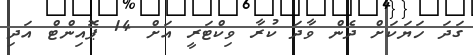
ގަދަ ހަޔަކަށް ދެން ވާދަ ކުރާ ވިކްޓަރީ އަށް 14 ޕޮއިންޓް އަދި